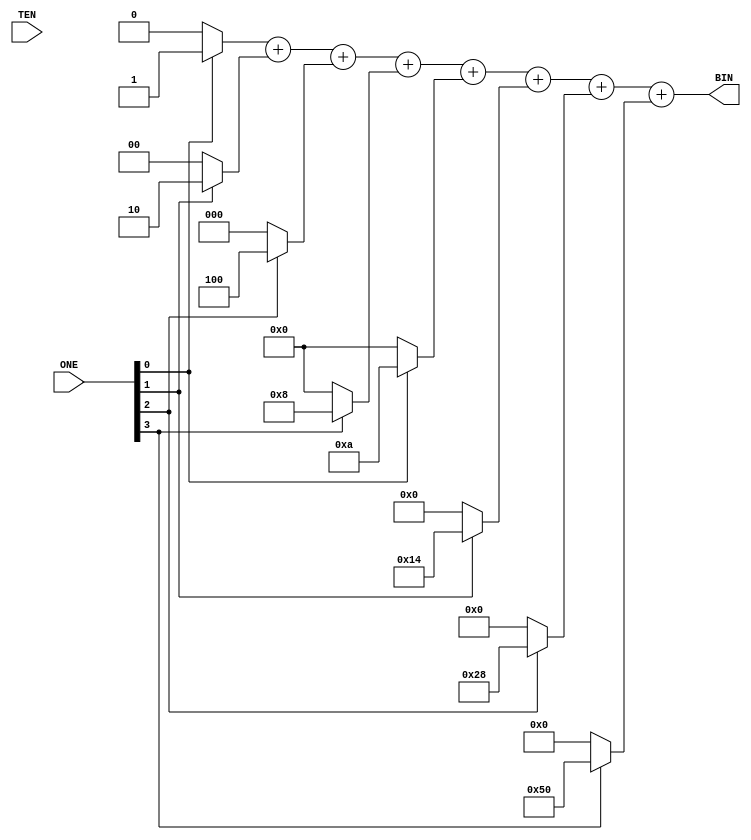
//CH2_BCDCONVERTER.V

module CH2_BCDCONVERTER(
	ONE, TEN,
	BIN
	);

input [3:0]ONE, TEN;
output [6:0]BIN;

wire [6:0] REG1, REG2, REG3, REG4, REG5, REG6, REG7, REG8;
wire [6:0] BIN;

assign REG1 = (ONE[0])? 7'b0000001: 7'b0000000;
assign REG2 = (ONE[1])? 7'b0000010: 7'b0000000;
assign REG3 = (ONE[2])? 7'b0000100: 7'b0000000;
assign REG4 = (ONE[3])? 7'b0001000: 7'b0000000;
assign REG5 = (ONE[0])? 7'b0001010: 7'b0000000;
assign REG6 = (ONE[1])? 7'b0010100: 7'b0000000;
assign REG7 = (ONE[2])? 7'b0101000: 7'b0000000;
assign REG8 = (ONE[3])? 7'b1010000: 7'b0000000;

assign BIN = REG1 + REG2 + REG3 + REG4 + REG5 + REG6 + REG7 + REG8;

endmodule